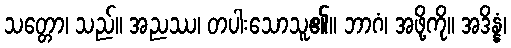
သတ္တော၊ သည်။ အညဿ၊ တပါးသောသူ၏။ ဘာဂံ၊ အဖို့ကို။ အဒိန္နံ၊